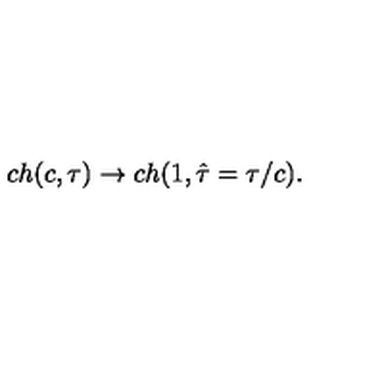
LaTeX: c h ( c , \tau ) \rightarrow c h ( 1 , \hat { \tau } = \tau / c ) .